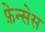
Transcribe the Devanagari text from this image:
फ़ेन्सेस